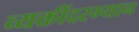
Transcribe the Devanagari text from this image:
व्यक्तींदरम्यान